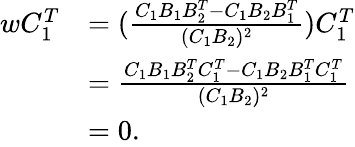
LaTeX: \begin{array}{rl}{{w}C_{1}^{T}}&{=(\frac{C_{1}B_{1}B_{2}^{T}-C_{1}B_{2}B_{1}^{T}}{(C_{1}B_{2})^{2}})C_{1}^{T}}\\ &{=\frac{C_{1}B_{1}B_{2}^{T}C_{1}^{T}-C_{1}B_{2}B_{1}^{T}C_{1}^{T}}{(C_{1}B_{2})^{2}}}\\ &{=0.}\end{array}